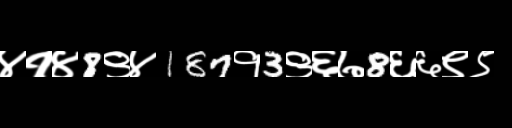
Text: ४१४8९४187१3९६७8६६९९